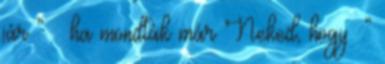
jár ” – ha mondták már Neked, hogy :”